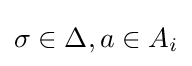
\sigma \in \Delta ,a\in A_{i}